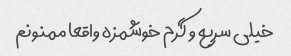
خیلی سریع و گرم خوشمزه واقعا ممنونم